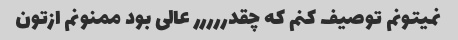
نمیتونم توصیف کنم که چقدررررر عالی بود ممنونم ازتون